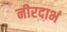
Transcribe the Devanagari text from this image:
नीरदाभं